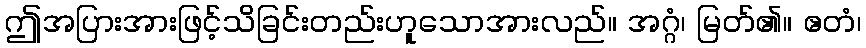
ဤအပြားအားဖြင့်သိခြင်းတည်းဟူသောအားလည်။ အဂ္ဂံ၊ မြတ်၏။ ဧတံ၊